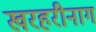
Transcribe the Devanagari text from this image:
खरहरीनाग